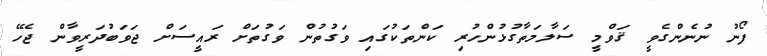
ފޯނު ނުނެންގެވީ ޤަވްމީ ސަލާމަތާގުޅުންހުރި ކަންތަކުގައި ވަގުތުން ވަގުތަށް ރައީސަށް ޖަވަބުދަރީވާން ޖެހޭ